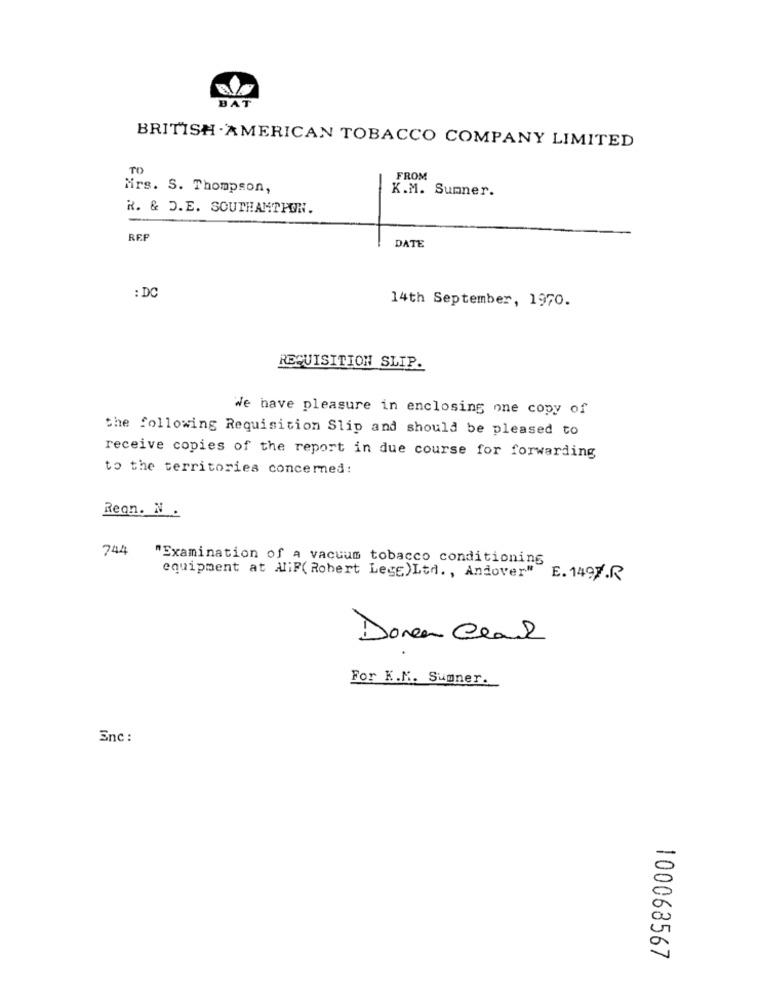
BAT
BRITISH AMERICAN TOBACCO COMPANY LIMITED
TO
FROM
Mirs. S. Thompson,
K.M. Sumner.
R. & D.E. SOUTHAMPTON.
REF
DATE
: DC
14th September, 1970.
REQUISITION SLIP.
We have pleasure in enclosing one copy of
the following Requisition Slip and should be pleased to
receive copies of the report in due course for forwarding
to the territories concerned:
Regn. N .
744
"Examination of A vacuum tobacco conditioning
equipment at AliF( Robert Lege)Ltd. , Andover" E. 1497.R
Doren Ceand
For K.M. Sumner.
Enc :
100063567